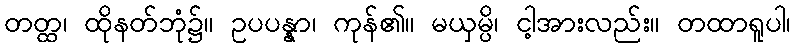
တတ္ထ၊ ထိုနတ်ဘုံ၌။ ဥပပန္နာ၊ ကုန်၏။ မယှမ္ပိ၊ ငါ့အားလည်း။ တထာရူပါ၊